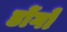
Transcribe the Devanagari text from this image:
डोंगों